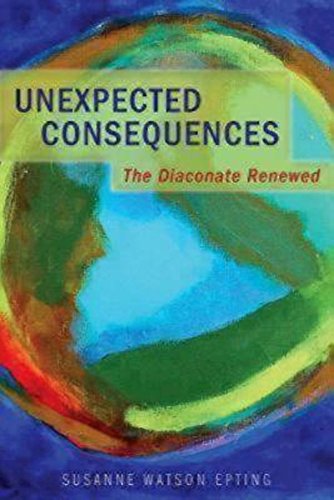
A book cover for Unexpected Consequences: The Diaconate Renewed; Susanne Watson Epting; Christian Books & Bibles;